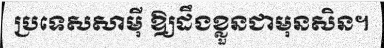
ប្រទេសសាម៉ី ឱ្យដឹងខ្លួនជាមុនសិន។